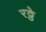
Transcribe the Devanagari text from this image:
रठ्ठे